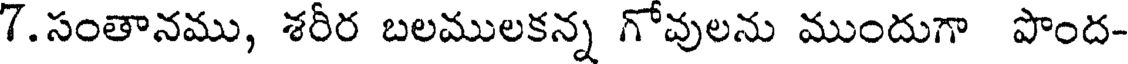
7.సంతానము, శరీర బలములకన్న గోవులను ముందుగా పొంద-